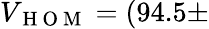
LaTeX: V_{\mathrm{~H~O~M~}}=(94.5\pm